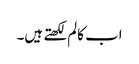
اب کالم لکھتے ہیں۔